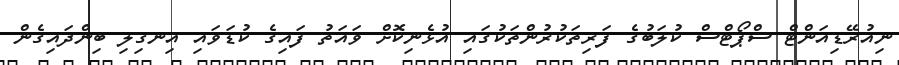
ނިއުރޭޑިއަންޓް ސްޕޯޓްސް ކުލަބުގެ ފަރިތަކުރުންތަކުގައި އުޅެނިކޮށް ވައަތު ފައިގެ ކުޑަވައި އިނގިލި ބިންދައިގެން